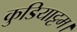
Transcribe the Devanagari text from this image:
कुडियाट्टम।